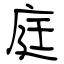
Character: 庭